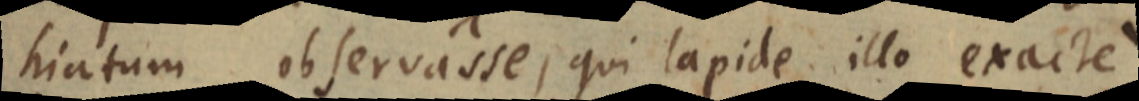
hiatum observasse, qui lapide illo exacte